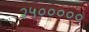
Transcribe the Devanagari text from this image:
२५०००००